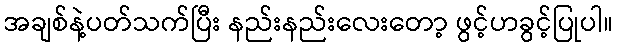
အချစ်နဲ့ပတ်သက်ပြီး နည်းနည်းလေးတော့ ဖွင့်ဟခွင့်ပြုပါ။